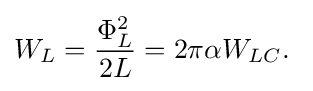
W_{L}={\frac {\Phi _{L}^{2}}{2L}}=2\pi \alpha W_{LC}.\